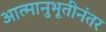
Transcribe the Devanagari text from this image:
आत्मानुभूतीनंतर